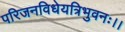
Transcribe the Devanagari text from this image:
परिजनविधेयत्रिभुवनः।।